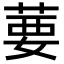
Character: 葽